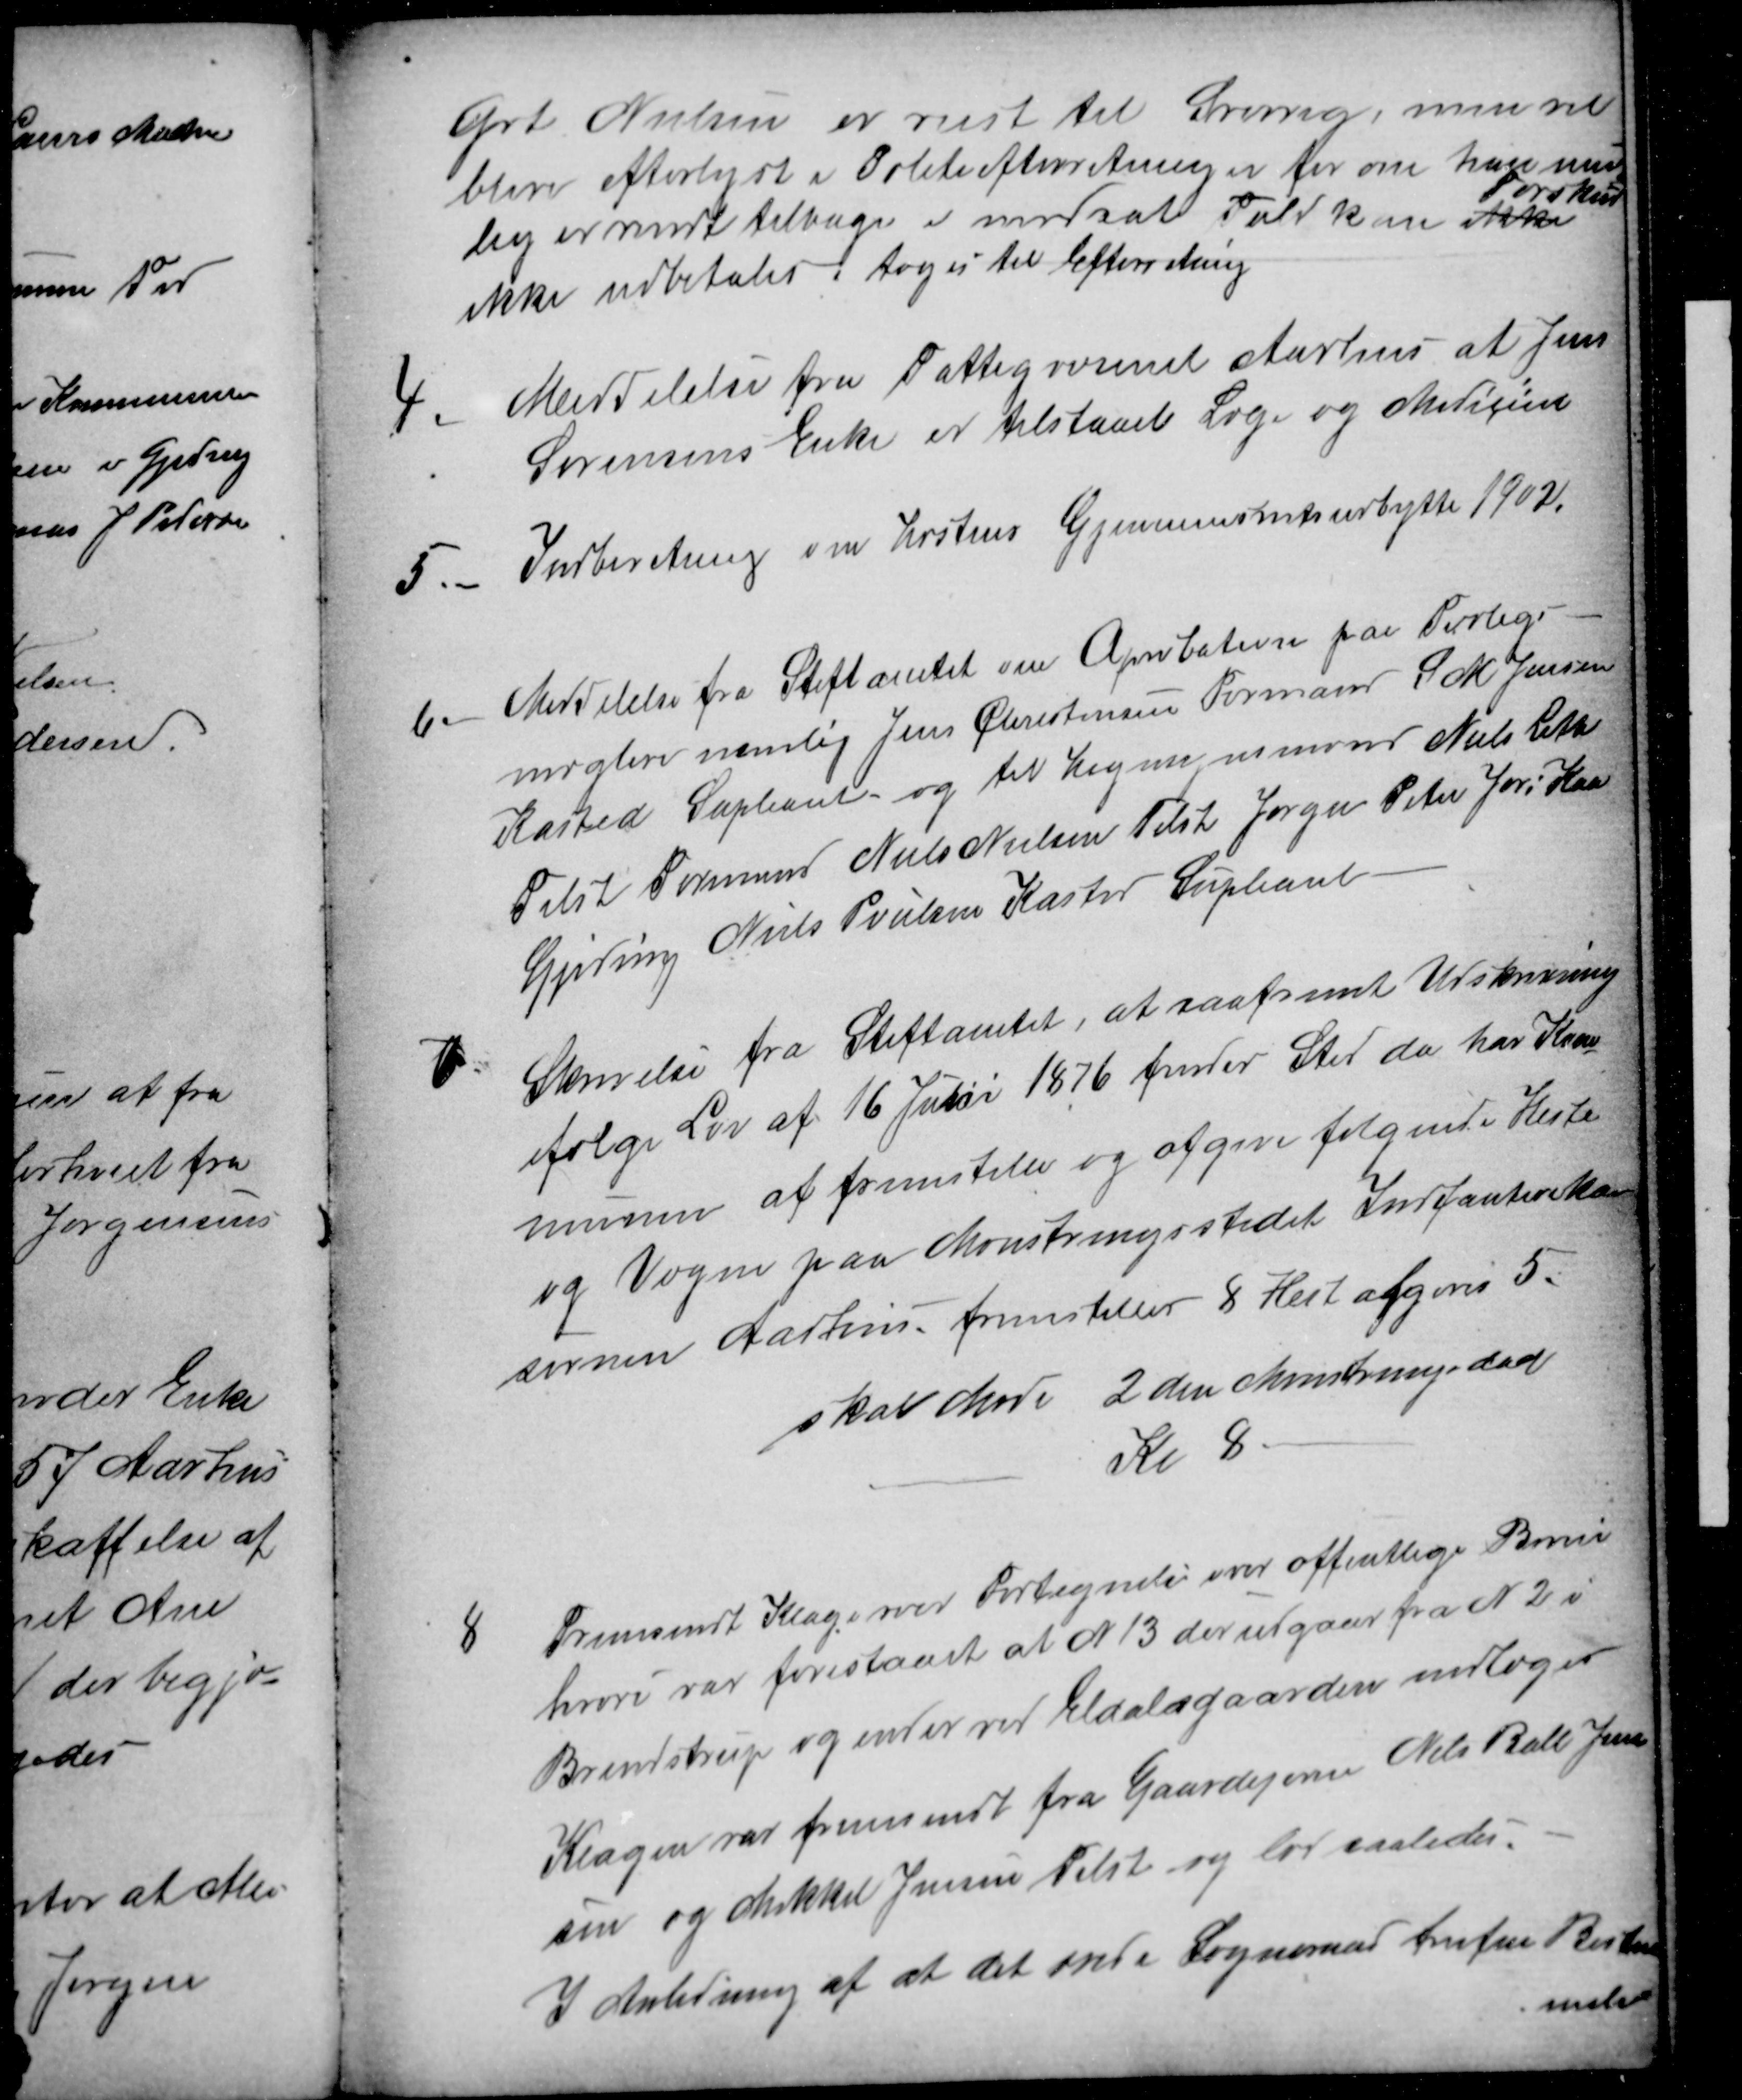
Transskription:
Grt Nielsen er reist til Sverrig, men vil
blive efterlyst i Politiefterretninger for om han mu-
lig er vendt tilbage i modsat Fald kan ikke
Forskud
ikke udbetales ; toges til Efterretning
4
Meddelelse fra Fattigvæsenet Aarhus at Jens
Sørensens Enke er tilstaaet Læge og Medicin
5.
Indberetning om Høstens Gjennemsnitsudbytte 1902.
6
Meddelelse fra Stiftamtet om Aprobation paa Forligs
mæglere nemlig Jens Christensen Formand S. M. Jensen
Kasted Supleant og til Hegnsynsmand Niels Leth
Tilst Formand Niels Nielsen Tilst Jørgen Peter Jør. Kaa
Gjeding Niels Poulsen Kasted Supleant
7
Skrivelse fra Stiftamtet, at saafremt Udskrivning
ifølge Lov af 16 Juni 1876 finder Sted da har Kom
munen at fremstille og afgive følgende Heste
og Vogne paa Mønstringsstedet Infanterika-
sernen Aarhus. fremstiller 8 Heste afgives 5.
skal Møde 2 den Mønstringsdag
Kl 8
8    Fremsendt Klage over Fortegnelse over offentlige Bivei
8    Fremsendt Klage over Fortegnelse over offentlige Bivei
hvori var foreslaaet at N 13 der udgaar fra N 2 i
Brendstrup og ender ved Eldalsgaarden undtoges
Klagen var fremsendt fra Gaardejerne Niels Balle Jen-
sen og Mikkel Jensen Tilst og lød saaledes.
I Anledning af at det ærede Sogneraad trufne Bestem
melse